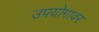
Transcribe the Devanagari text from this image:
उपयोगावर